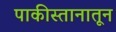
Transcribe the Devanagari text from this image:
पाकीस्तानातून